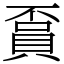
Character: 𧶏